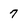
Character: 7